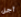
أجل